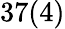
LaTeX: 37(4)